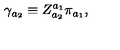
\gamma _ { a _ { 2 } } \equiv Z _ { a _ { 2 } } ^ { a _ { 1 } } \pi _ { a _ { 1 } } ,